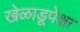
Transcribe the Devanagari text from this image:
खेळाडूपेक्षा